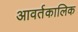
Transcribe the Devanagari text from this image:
आवर्तकालिक